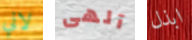
لاني آلهى ابذل